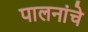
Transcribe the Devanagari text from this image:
पालनांचे